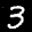
Label: 3